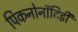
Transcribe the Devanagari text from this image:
पिकनोनॉटिडी